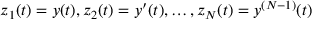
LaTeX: z _ { 1 } ( t ) = y ( t ) , z _ { 2 } ( t ) = y ^ { \prime } ( t ) , \ldots , z _ { N } ( t ) = y ^ { ( N - 1 ) } ( t )